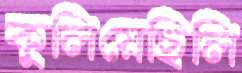
কুলিয়েছিলি